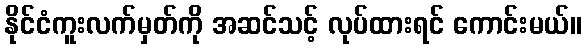
နိုင်ငံကူးလက်မှတ်ကို အဆင်သင့် လုပ်ထားရင် ကောင်းမယ်။